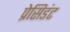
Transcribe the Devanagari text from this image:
प्रेसिडंट